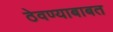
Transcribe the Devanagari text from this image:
ठेवण्याबाबत